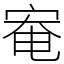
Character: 𫳑